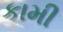
કામી